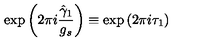
\mathrm { e x p } \left( 2 \pi i \frac { \hat { \gamma } _ { 1 } } { g _ { s } } \right) \equiv \mathrm { e x p } \left( 2 \pi i \tau _ { 1 } \right)